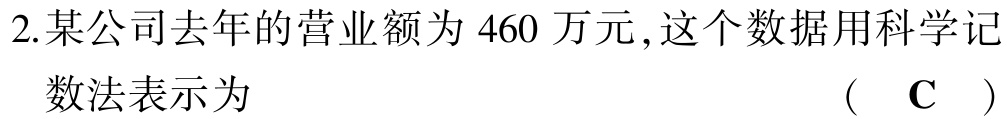
2.某公司去年的营业额为 460 万元,这个数据用科学记数法表示为  （ C ）